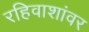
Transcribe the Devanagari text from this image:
रहिवाशांवर